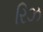
રિઝ